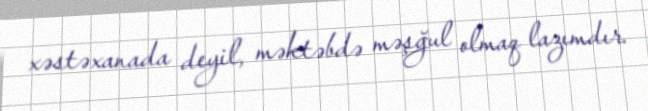
xəstəxanada deyil, məktəbdə məşğul olmaq lazımdır.